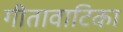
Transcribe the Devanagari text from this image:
गीतावाटिका